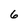
Character: 6